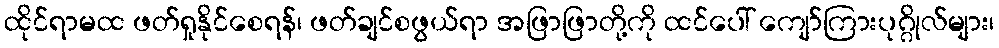
ထိုင်ရာမထ ဖတ်ရှုနိုင်စေရန်၊ ဖတ်ချင်စဖွယ်ရာ အဖြာဖြာတို့ကို ထင်ပေါ် ကျော်ကြားပုဂ္ဂိုလ်များ၊